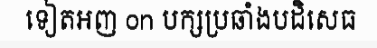
ទៀតអញ on បក្សប្រឆាំងបដិសេធ